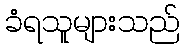
ခံရသူများသည်